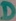
Text: D